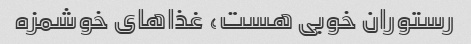
رستوران خوبی هست، غذاهای خوشمزه